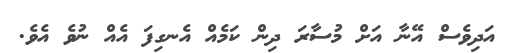
އަދިވެސް އޭނާ އަށް މުސާރަ ދިން ކަމެއް އެނގިފަ އެއް ނުވެ އެވެ.